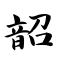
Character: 韶